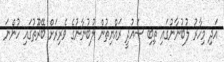
އަދި މިހާރު ލުބުނާނުގައި ތިބި ސައުދީ ރައްޔިތުން ލުބުނާނުގެ ވެރިރަށް ބޭރޫތުގައި ހުންނަ